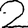
Digit: 2